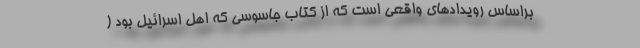
براساس رویدادهای واقعی است که از کتاب جاسوسی که اهل اسرائیل بود (